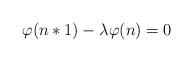
LaTeX: \begin{align*}\varphi(n*1)-\lambda \varphi(n)=0\end{align*}